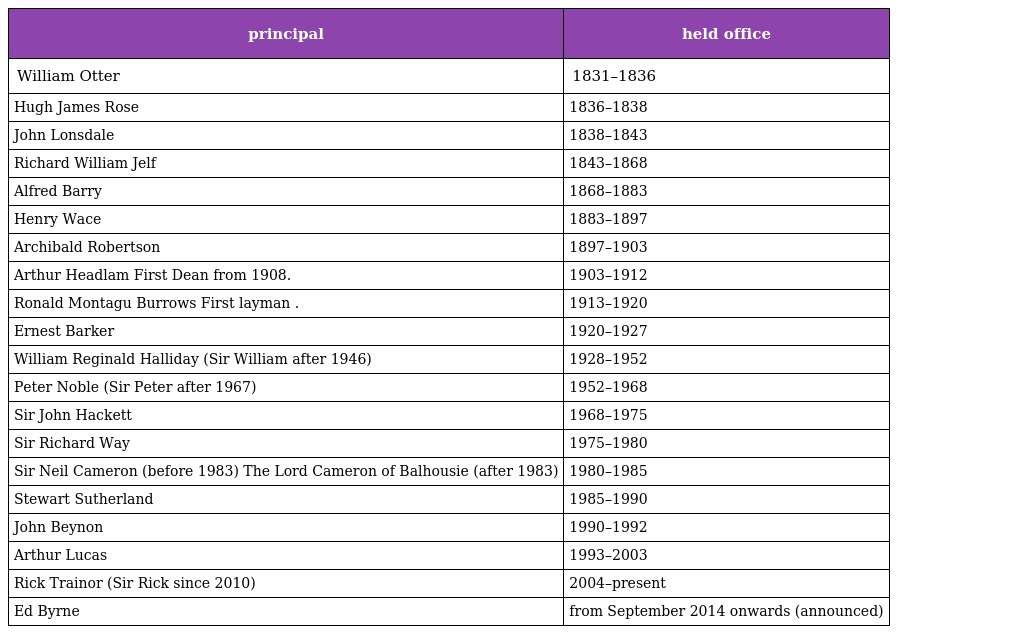
| principal | held office |
 | --- | --- |
 | William Otter | 1831–1836 |
 | Hugh James Rose | 1836–1838 |
 | John Lonsdale | 1838–1843 |
 | Richard William Jelf | 1843–1868 |
 | Alfred Barry | 1868–1883 |
 | Henry Wace | 1883–1897 |
 | Archibald Robertson | 1897–1903 |
 | Arthur Headlam First Dean from 1908. | 1903–1912 |
 | Ronald Montagu Burrows First layman . | 1913–1920 |
 | Ernest Barker | 1920–1927 |
 | William Reginald Halliday (Sir William after 1946) | 1928–1952 |
 | Peter Noble (Sir Peter after 1967) | 1952–1968 |
 | Sir John Hackett | 1968–1975 |
 | Sir Richard Way | 1975–1980 |
 | Sir Neil Cameron (before 1983) The Lord Cameron of Balhousie (after 1983) | 1980–1985 |
 | Stewart Sutherland | 1985–1990 |
 | John Beynon | 1990–1992 |
 | Arthur Lucas | 1993–2003 |
 | Rick Trainor (Sir Rick since 2010) | 2004–present |
 | Ed Byrne | from September 2014 onwards (announced) |